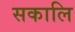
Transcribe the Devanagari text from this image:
सकालि